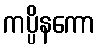
ကပ္ပိနကော